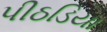
પીઠડિયા